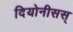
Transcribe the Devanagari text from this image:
दियोनीसस्